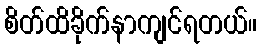
စိတ်ထိခိုက်နာကျင်ရတယ်။